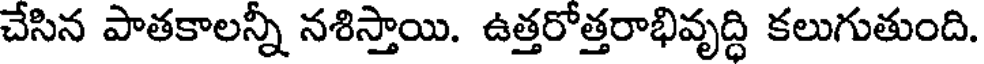
చేసిన పాతకాలన్నీ నశిస్తాయి. ఉత్తరోత్తరాభివృద్ధి కలుగుతుంది.